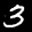
Label: 3